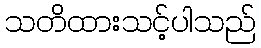
သတိထားသင့်ပါသည်